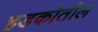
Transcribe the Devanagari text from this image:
हडकोतील